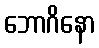
ဘောဂိနော